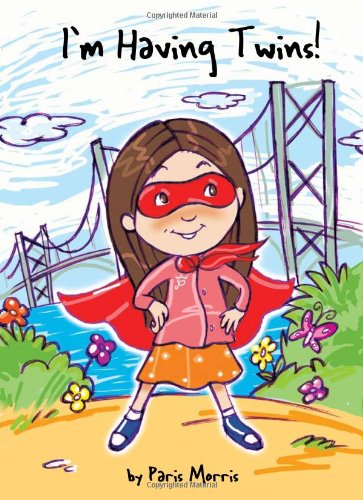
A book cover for I'm Having Twins; Paris Morris; Parenting & Relationships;